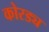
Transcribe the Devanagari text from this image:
कोरड्य